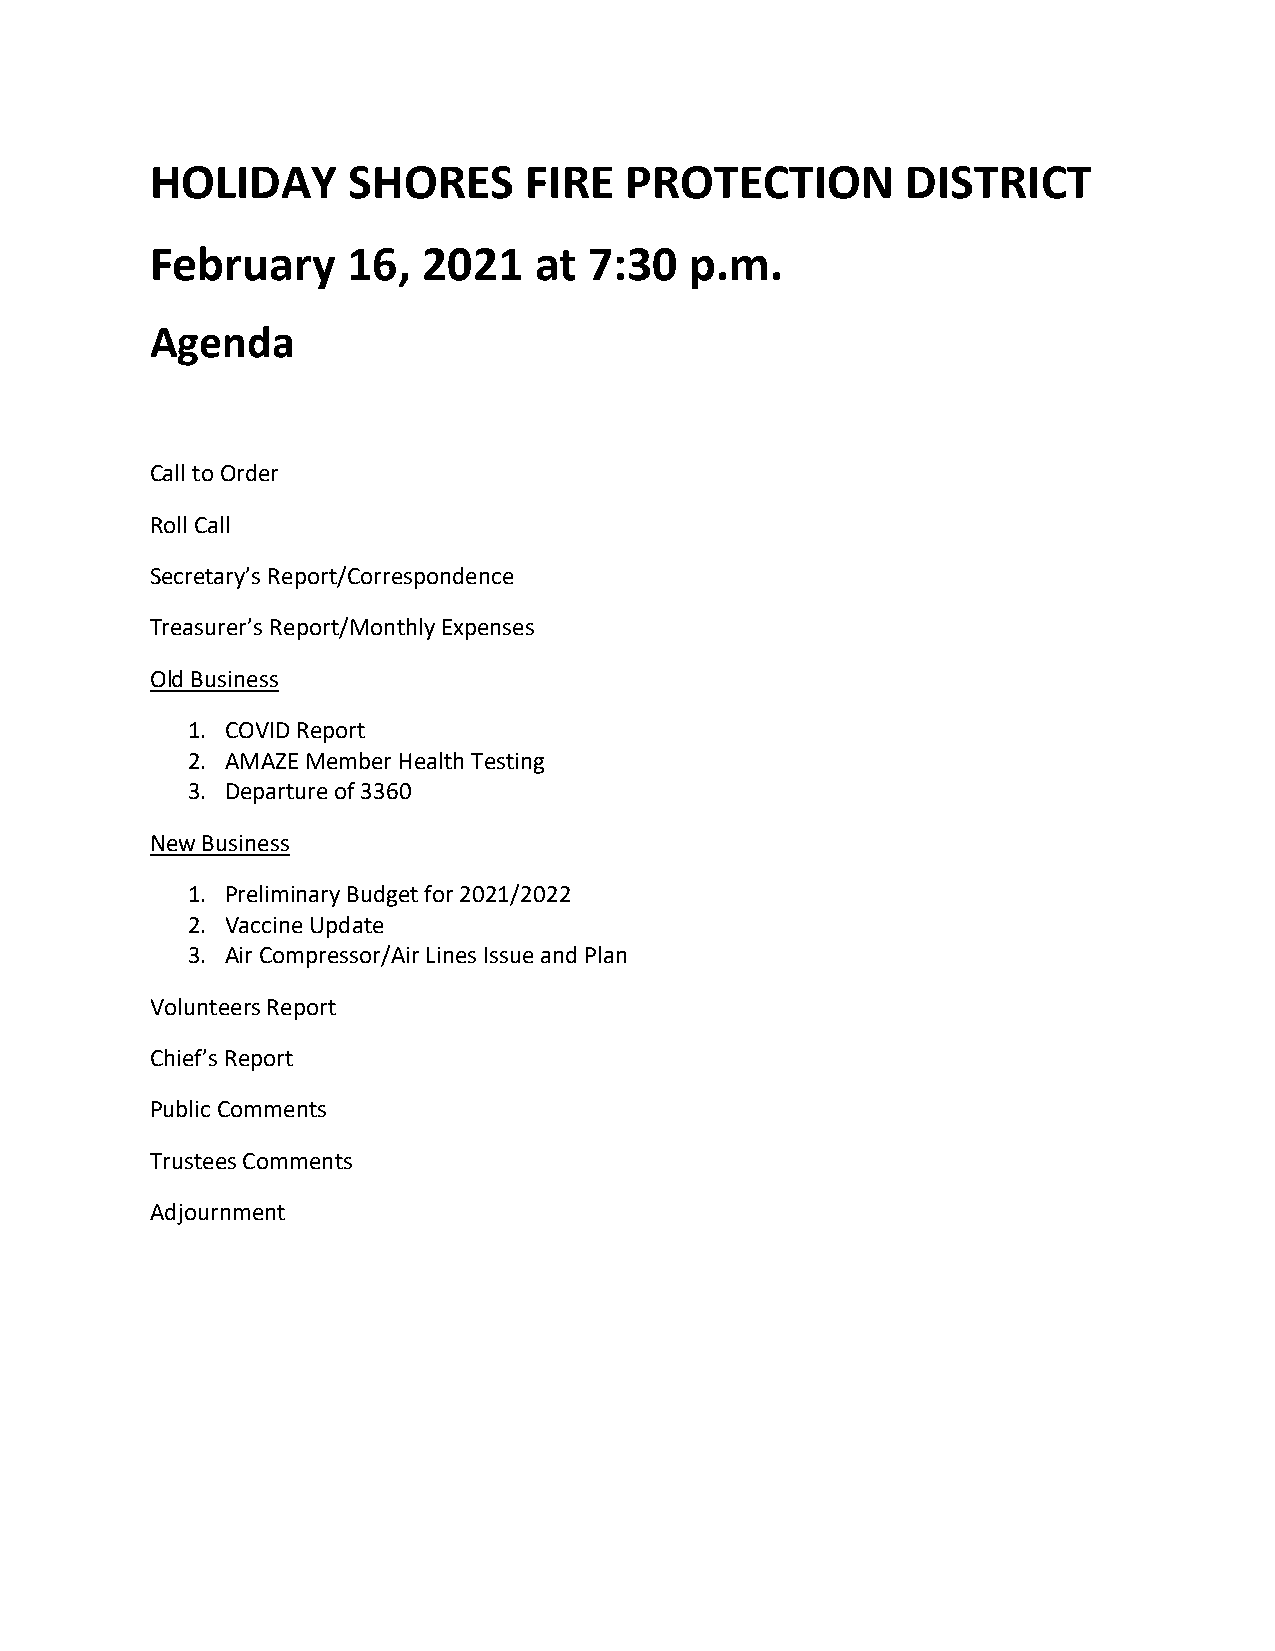
HOLIDAY      SHORES      FIRE  PROTECTION         DISTRICT
 February     16,  2021   at  7:30   p.m.
 Agenda
 Call to Order
 Roll Call
 Secretary’s Report/Correspondence
 Treasurer’s Report/Monthly Expenses
 Old Business
 1. COVID Report
 2. AMAZE Member Health Testing
 3. Departure of 3360
 New Business
 1. Preliminary Budget for 2021/2022
 2. Vaccine Update
 3. Air Compressor/Air Lines Issue and Plan
 Volunteers Report
 Chief’s Report
 Public Comments
 Trustees Comments
 Adjournment